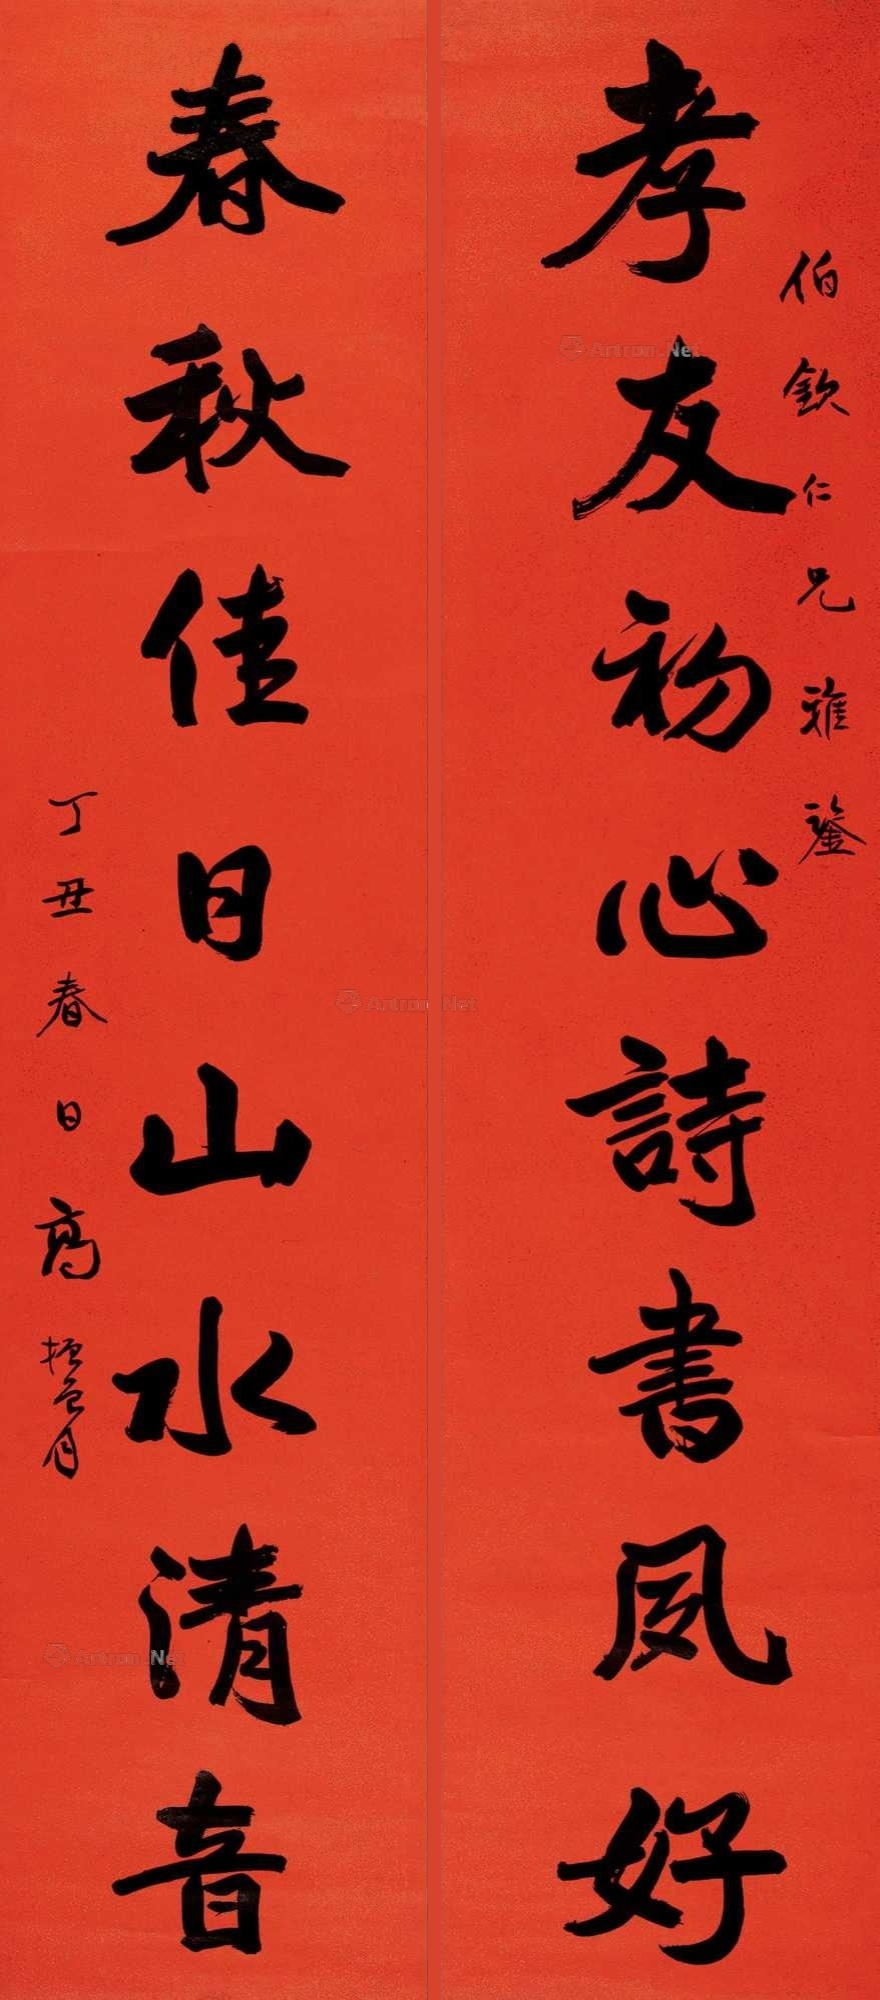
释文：孝友初心诗书夙好，春秋佳日山水清音。伯钦仁兄雅鉴，丁丑春日，高振霄。